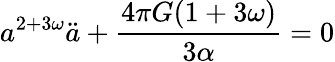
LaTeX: a^{2+3\omega}\ddot{a}+\frac{4\pi G(1+3\omega)}{3\alpha}=0